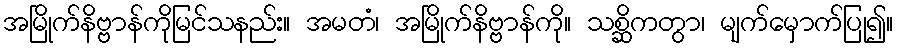
အမြိုက်နိဗ္ဗာန်ကိုမြင်သနည်း။ အမတံ၊ အမြိုက်နိဗ္ဗာန်ကို။ သစ္ဆိကတွာ၊ မျက်မှောက်ပြု၍။